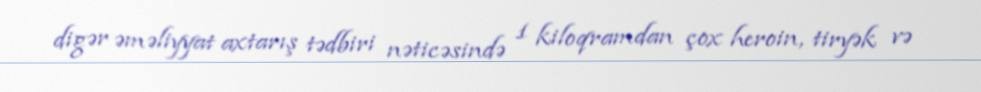
digər əməliyyat axtarış tədbiri nəticəsində 1 kiloqramdan çox heroin, tiryək və